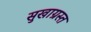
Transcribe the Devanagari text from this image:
सुखाग्रस्‍त